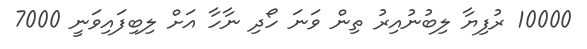
10000 ރުފިޔާ ލިބުނުއިރު ތިން ވަނަ ހޯދި ނާހާ އަށް ލިބިފައިވަނީ 7000